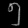
Digit: ၅